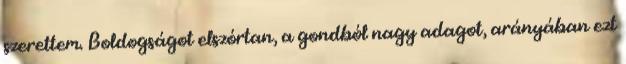
szerettem. Boldogságot elszórtan, a gondból nagy adagot, arányában ezt